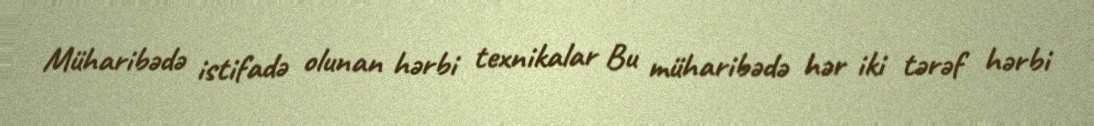
Müharibədə istifadə olunan hərbi texnikalar Bu müharibədə hər iki tərəf hərbi